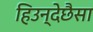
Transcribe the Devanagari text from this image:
हिउन्देछैसा